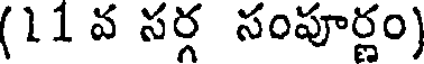
(11వ సర్గ సంపూర్ణం)